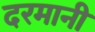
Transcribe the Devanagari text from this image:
दरमानी